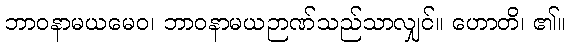
ဘာဝနာမယမေဝ၊ ဘာဝနာမယဉာဏ်သည်သာလျှင်။ ဟောတိ၊ ၏။